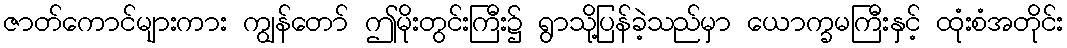
ဇာတ်ကောင်များကား ကျွန်တော် ဤမိုးတွင်းကြီး၌ ရွာသို့ပြန်ခဲ့သည်မှာ ယောက္ခမကြီးနှင့် ထုံးစံအတိုင်း